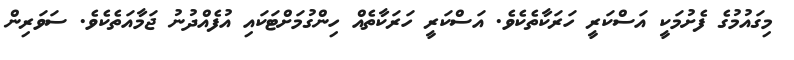
މިގައުމުގެ ފެށުމަކީ އަސްކަރީ ހަރަކާތެކެވެ. އަސްކަރީ ހަރަކާތެއް ހިންގުމަށްޓަކައި އުފެއްދުނު ޖަމާއަތެކެވެ. ސަވަރިން